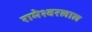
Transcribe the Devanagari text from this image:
रामेश्वरलाल